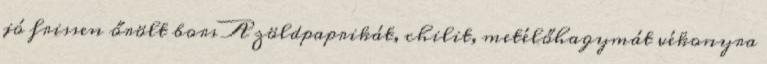
jó frissen őrölt bors A zöldpaprikát, chilit, metélőhagymát vékonyra